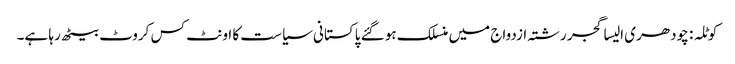
کوٹلہ : چودھری الیسا گجر رشتہ ازدواج میں منسلک ہو گئے	 پاکستانی سیاست کا اونٹ کس کروٹ بیٹھ رہا ہے۔